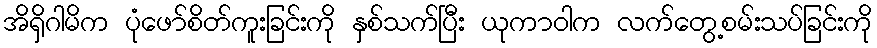
အိရှိဂါမိက ပုံဖော်စိတ်ကူးခြင်းကို နှစ်သက်ပြီး ယုကာဝါက လက်တွေ့စမ်းသပ်ခြင်းကို